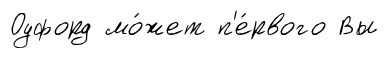
Оуфорд мо́жет п'е́рвого Вы